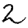
Digit: 2